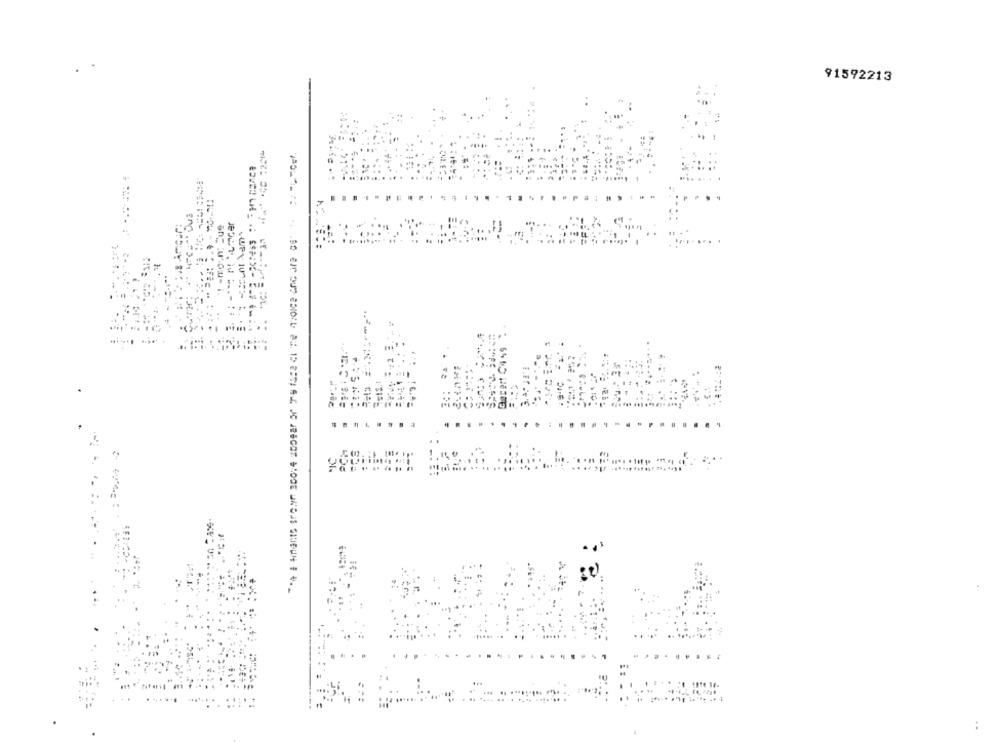
91592213
: 3